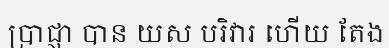
ប្រាជ្ញា បាន យស បរិវារ ហើយ តែង